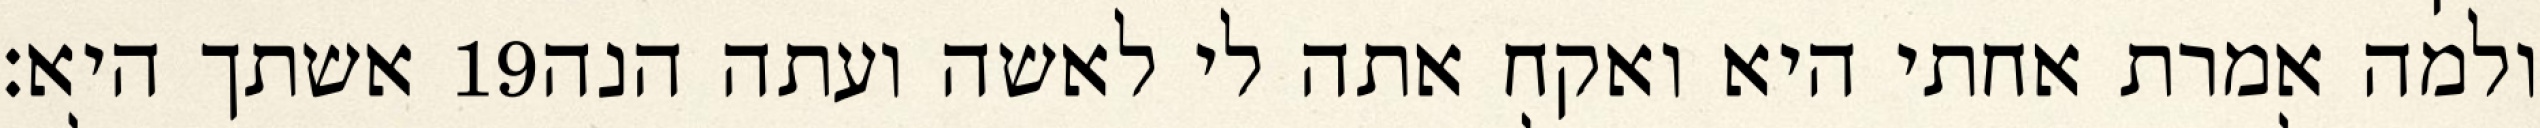
אשתך היא׃ ‎19‏ ולמה אמרת אחתי היא ואקח אתה לי לאשה ועתה הנה